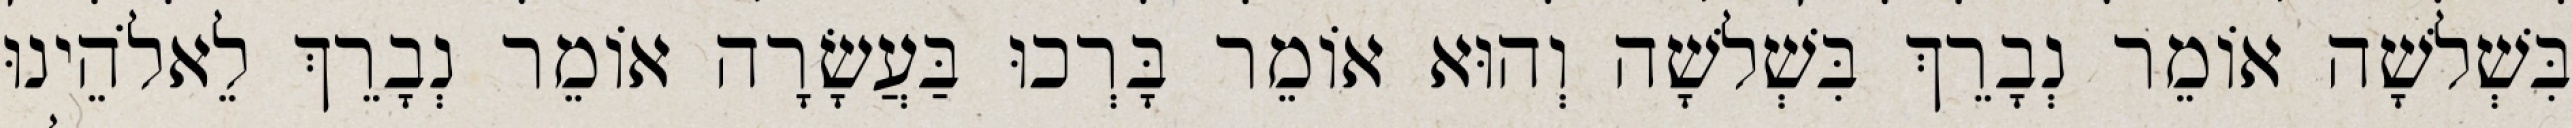
בִּשְׁלשָׁה אוֹמֵר נְבָרֵךְ בִּשְׁלשָׁה וְהוּא אוֹמֵר בָּרְכוּ בַּעֲשָׂרָה אוֹמֵר נְבָרֵךְ לֵאלֹהֵינוּ